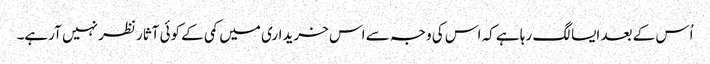
اُس کے بعد ایسا لگ رہا ہے کہ اس کی وجہ سے اس خریداری میں کمی کے کوئی آثار نظر نہیں آرہے۔